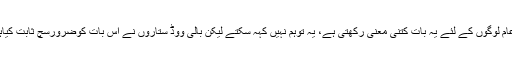
ہم عام لوگوں کے لئے یہ بات کتنی معنیٰ رکھتی ہے، یہ توہم نہیں کہہ سکتے لیکن بالی ووڈ ستاروں نے اس بات کوضرورسچ ثابت کیاہے۔